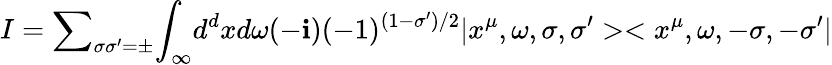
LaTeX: I={\sum}_{{\sigma}{\sigma}^{\prime}={\pm}}{\int}_{\infty}d^{d}xd{\omega}(-\mathbf{i})(-1)^{(1-{\sigma}^{\prime})/2}|x^{\mu},{\omega},{\sigma},{\sigma^{\prime}}><x^{\mu},{\omega},{-\sigma},{-\sigma^{\prime}}|